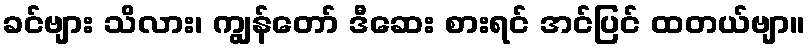
ခင်ဗျား သိလား၊ ကျွန်တော် ဒီဆေး စားရင် အင်ပြင် ထတယ်ဗျာ။